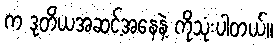
က ဒုတိယအဆင့်အနေနဲ့ ကိုသုံးပါတယ်။